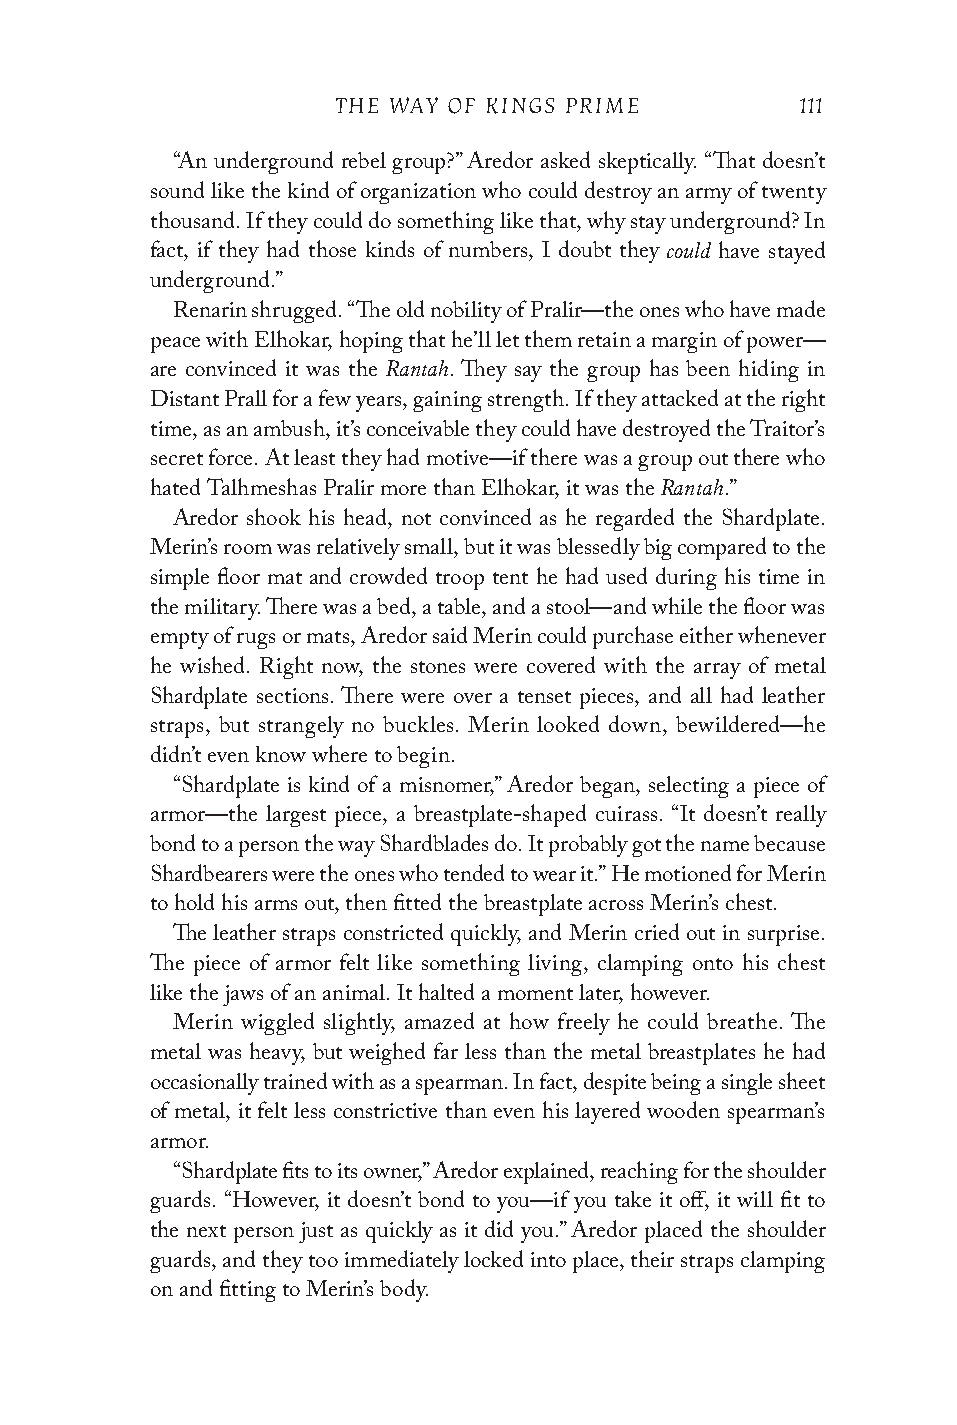
THE WAY OF KINGS PRIME         111
 “An underground rebel group?” Aredor asked skeptically. “That doesn’t
 sound like the kind of organization who could destroy an army of twenty
 thousand. If they could do something like that, why stay underground? In
 could
 fact, if they had those kinds of numbers, I doubt they have stayed
 underground.”
 Renarin shrugged. “The old nobility of Pralir—the ones who have made
 peace with Elhokar, hoping that he’ll let them retain a margin of power—
 Rantah
 are convinced it was the . They say the group has been hiding in
 Distant Prall for a few years, gaining strength. If they attacked at the right
 time, as an ambush, it’s conceivable they could have destroyed the Traitor’s
 secret force. At least they had motive—if there was a group out there who
 Rantah
 hated Talhmeshas Pralir more than Elhokar, it was the .”
 Aredor shook his head, not convinced as he regarded the Shardplate.
 Merin’s room was relatively small, but it was blessedly big compared to the
 simple floor mat and crowded troop tent he had used during his time in
 the military. There was a bed, a table, and a stool—and while the floor was
 empty of rugs or mats, Aredor said Merin could purchase either whenever
 he wished. Right now, the stones were covered with the array of metal
 Shardplate sections. There were over a tenset pieces, and all had leather
 straps, but strangely no buckles. Merin looked down, bewildered—he
 didn’t even know where to begin.
 “Shardplate is kind of a misnomer,” Aredor began, selecting a piece of
 armor—the largest piece, a breastplate-shaped cuirass. “It doesn’t really
 bond to a person the way Shardblades do. It probably got the name because
 Shardbearers were the ones who tended to wear it.” He motioned for Merin
 to hold his arms out, then fitted the breastplate across Merin’s chest.
 The leather straps constricted quickly, and Merin cried out in surprise.
 The piece of armor felt like something living, clamping onto his chest
 like the jaws of an animal. It halted a moment later, however.
 Merin wiggled slightly, amazed at how freely he could breathe. The
 metal was heavy, but weighed far less than the metal breastplates he had
 occasionally trained with as a spearman. In fact, despite being a single sheet
 of metal, it felt less constrictive than even his layered wooden spearman’s
 armor.
 “Shardplate fits to its owner,” Aredor explained, reaching for the shoulder
 guards. “However, it doesn’t bond to you—if you take it off, it will fit to
 the next person just as quickly as it did you.” Aredor placed the shoulder
 guards, and they too immediately locked into place, their straps clamping
 on and fitting to Merin’s body.